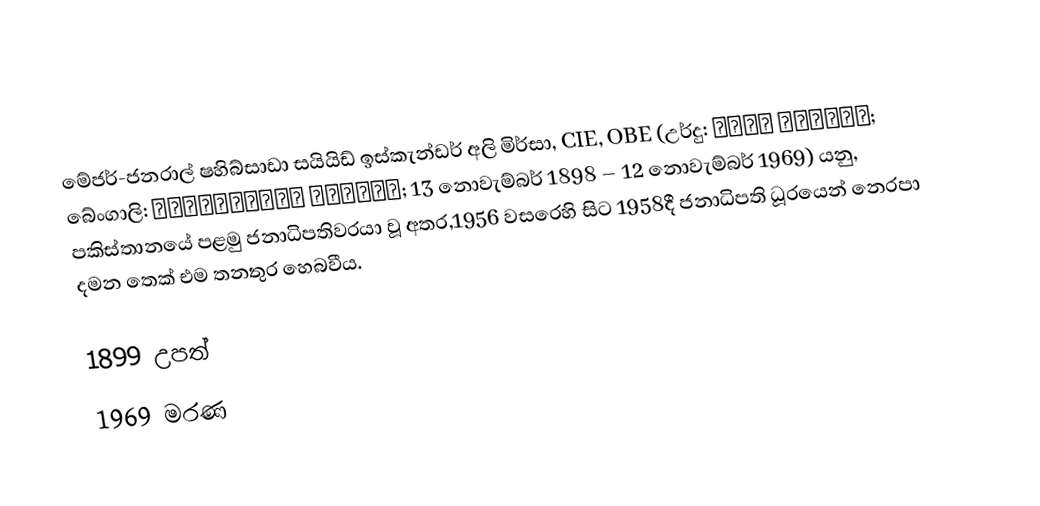
මේජර්-ජනරාල් ෂහිබ්සාඩා සයියිඩ් ඉස්කැන්ඩර් අලි මිර්සා, CIE, OBE (උර්දු: اسکندر مرزا; බේංගාලි: ইস্কান্দার মীর্জা; 13 නොවැම්බර් 1898 – 12 නොවැම්බර් 1969) යනු, පකිස්තානයේ පළමු ජනාධිපතිවරයා වූ අතර,1956 වසරෙහි සිට 1958දී  ජනාධිපති ධූරයෙන් නෙරපා දමන තෙක් එම තනතුර හෙබවීය.

1899 උපත්
1969 මරණ